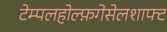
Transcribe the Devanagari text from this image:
टेम्पलहोल्फ़गेसेलशाफ्ट